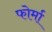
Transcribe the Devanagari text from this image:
फोर्मा